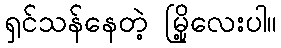
ရှင်သန်နေတဲ့ မြို့လေးပါ။